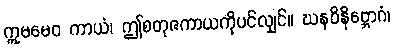
ဣမမေဝ ကာယံ၊ ဤစတုဇကာယကိုပင်လျှင်။ ဃနဝိနိဗ္ဘောဂံ၊